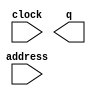
module CoarseDelay (
	address,
	clock,
	q);

	input	[2:0]  address;
	input	  clock;
	output	[63:0]  q;

endmodule